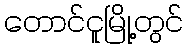
တောင်ငူမြို့တွင်